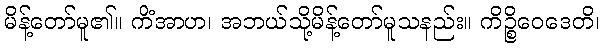
မိန့်တော်မူ၏။ ကိံအာဟ၊ အဘယ်သို့မိန့်တော်မူသနည်း။ ကိဉ္စိဝေဒေတိ၊